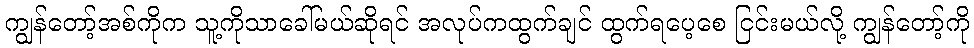
ကျွန်တော့်အစ်ကိုက သူ့ကိုသာခေါ်မယ်ဆိုရင် အလုပ်ကထွက်ချင် ထွက်ရပေ့စေ ငြင်းမယ်လို့ ကျွန်တော့်ကို